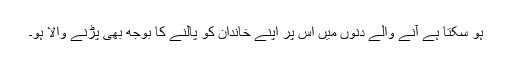
ہو سکتا ہے آنے والے دنوں میں اس پر اپنے خاندان کو پالنے کا بوجھ بھی پڑنے والا ہو۔